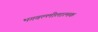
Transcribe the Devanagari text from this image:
भगवल्लीलात्मक